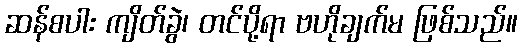
ဆန်စပါး ကျိတ်ခွဲ၊ တင်ပို့ရာ ဗဟိုချက်မ ဖြစ်သည်။